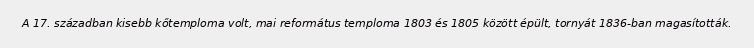
A 17. században kisebb kőtemploma volt, mai református temploma 1803 és 1805 között épült, tornyát 1836-ban magasították.